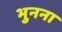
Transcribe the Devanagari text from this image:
भुनना